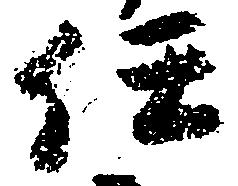
任